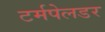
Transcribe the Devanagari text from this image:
टर्मपेलडर